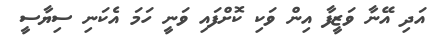
އަދި އޭނާ ވަޒީފާ އިން ވަކި ކޮށްފައި ވަނީ ހަމަ އެކަނި ސިޔާސީ